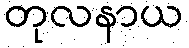
တုလနာယ